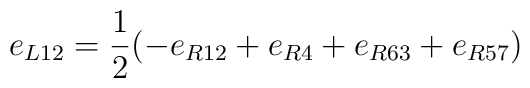
e_{L12} = \frac{1}{2}(-e_{R12} + e_{R4} + e_{R63} + e_{R57})